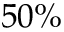
5 0 \%